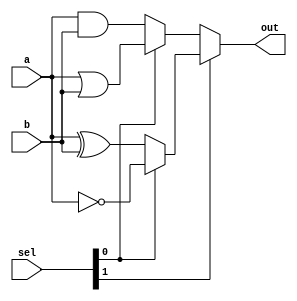
module logic_unit ( 
 input [31:0] a,
 input [31:0] b,
 input [1:0] sel,
 output [31:0] out);

 assign out = sel[1] ? (sel[0] ? ~a : a ^ b) : (sel[0] ? a | b : a & b);
endmodule